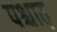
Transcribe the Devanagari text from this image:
पश्चात़